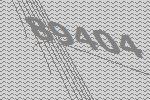
89404